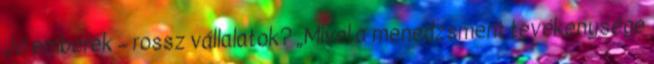
Jó emberek – rossz vállalatok? „Mivel a menedzsment tevékenysége